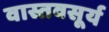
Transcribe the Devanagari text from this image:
वास्तवसूर्य